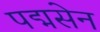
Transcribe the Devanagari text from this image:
पद्मसेन